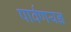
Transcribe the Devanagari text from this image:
पार्वणयज्ञ